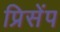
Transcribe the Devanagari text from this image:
प्रिसेंप